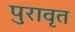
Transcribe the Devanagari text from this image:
पुरावृत